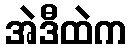
အဲဒီထဲက